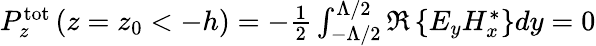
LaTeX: \begin{array}{r}{P_{z}^{\mathrm{tot}}\left(z=z_{0}<-h\right)=-\frac{1}{2}\int_{-\Lambda/2}^{\Lambda/2}\Re\left\{ E_{y}H_{x}^{*}\right\} dy=0}\end{array}